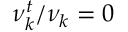
\nu _ { k } ^ { t } / \nu _ { k } = 0